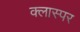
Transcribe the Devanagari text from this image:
क्लास्पर